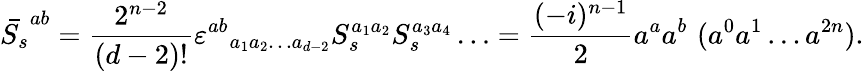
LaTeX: \bar{S_{s}}^{ab}=\frac{2^{n-2}}{(d-2)!}\varepsilon^{ab}{}_{a_{1}a_{2}\ldots a_{d-2}}S_{s}^{a_{1}a_{2}}S_{s}^{a_{3}a_{4}}\ldots=\frac{(-i)^{n-1}}{2}a^{a}a^{b}\, \, (a^{0}a^{1}\ldots a^{2n}).